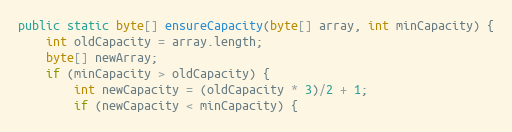
Language: Java
public static byte[] ensureCapacity(byte[] array, int minCapacity) {
	int oldCapacity = array.length;
	byte[] newArray;
	if (minCapacity > oldCapacity) {
	    int newCapacity = (oldCapacity * 3)/2 + 1;
		if (newCapacity < minCapacity) {